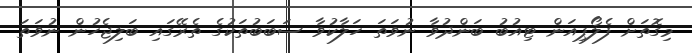
މިގޮތަށް ފެލޯޕިއަން ޓިއުބު ބަންދުވާ ނުވަތަ ހަލާކުވާ ސަބަބުތަކުގެ ތެރޭގައި ބަލިޖެހުން ނުވަތަ